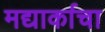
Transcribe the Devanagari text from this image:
मद्यार्काचा